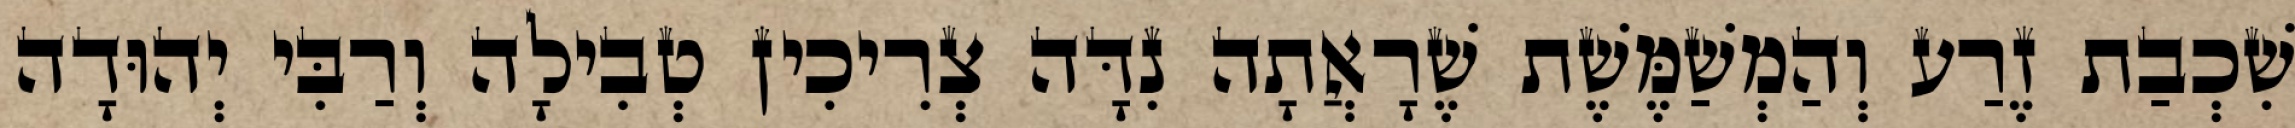
שִׁכְבַת זֶרַע וְהַמְשַׁמֶּשֶׁת שֶׁרָאֲתָה נִדָּה צְרִיכִין טְבִילָה וְרַבִּי יְהוּדָה